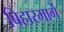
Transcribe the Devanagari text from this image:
बिहारमार्गे